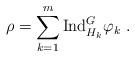
LaTeX: \begin{align*}\rho = \sum_{k=1}^m \mathrm{Ind}_{H_k}^G \varphi_k \;.\end{align*}